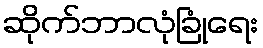
ဆိုက်ဘာလုံခြုံရေး